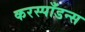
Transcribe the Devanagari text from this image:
करस्‍पाँडन्स